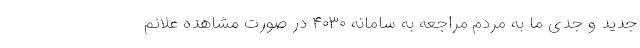
جدید و جدی ما به مردم مراجعه به سامانه ۴۰۳۰ در صورت مشاهده علائم